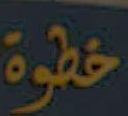
خطوة